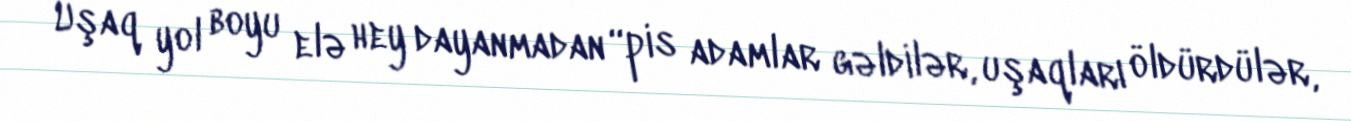
Uşaq yol boyu elə hey dayanmadan “pis adamlar gəldilər, uşaqları öldürdülər,